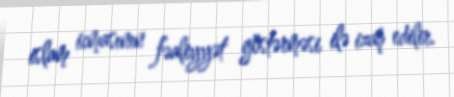
islam icmasının fəaliyyət göstərməsi ilə izah edilir.